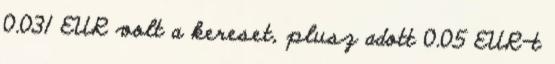
0.031 EUR volt a kereset, plusz adott 0.05 EUR-t